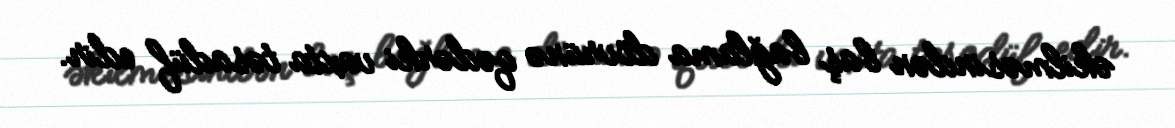
əkilməsindən baş bağlama dövrünə qədərki vaxta təsadüf edir.